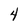
Character: 4